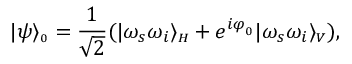
| \psi \rangle _ { \scriptscriptstyle 0 } = \frac { 1 } { \sqrt { 2 } } ( | \omega _ { s } \omega _ { i } \rangle _ { \scriptscriptstyle H } + e ^ { i \varphi _ { _ 0 } } | \omega _ { s } \omega _ { i } \rangle _ { \scriptscriptstyle V } ) ,